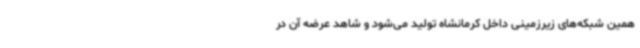
همین شبکه‌های زیرزمینی داخل کرمانشاه تولید می‌شود و شاهد عرضه آن در